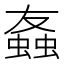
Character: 𫋒